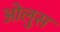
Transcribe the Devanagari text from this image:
ओलुस